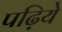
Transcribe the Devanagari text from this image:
पढ़िये